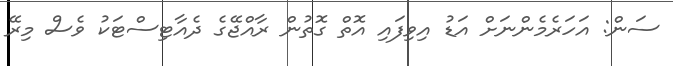
ސަން: އަހަރެމެންނަށް އަޑު އިވިފައި އޮތް ގޮތުން ރާއްޖޭގެ ދެއާޓިސްޓަކު ވެސް މިރޭ